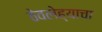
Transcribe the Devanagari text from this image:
ठेवलेह्याचा